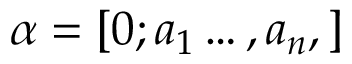
\alpha = [ 0 ; a _ { 1 } \ldots , a _ { n } , ]